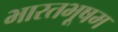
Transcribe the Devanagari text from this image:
भारतभूषम